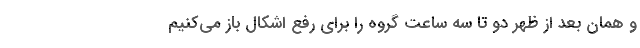
و همان بعد از ظهر دو تا سه ساعت گروه را برای رفع اشکال باز می‌کنیم